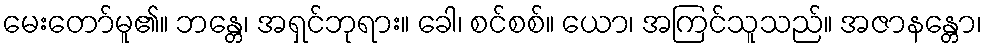
မေးတော်မူ၏။ ဘန္တေ၊ အရှင်ဘုရား။ ခေါ၊ စင်စစ်။ ယော၊ အကြင်သူသည်။ အဇာနန္တော၊